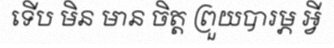
ទើប មិន មាន ចិត្ត ព្រួយបារម្ភ អ្វី